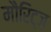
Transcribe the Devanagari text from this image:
मौरिट्ज़